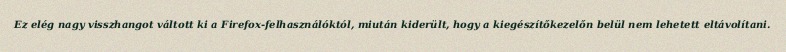
Ez elég nagy visszhangot váltott ki a Firefox-felhasználóktól, miután kiderült, hogy a kiegészítőkezelőn belül nem lehetett eltávolítani.